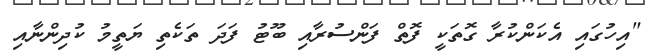
"އިހުގައި އެކަންކުރާ ގޮތަކީ ފޮތް ފަންސުރާއި ބޫޓު ފަދަ ތަކެތި ޔަތީމު ކުދިންނާއި